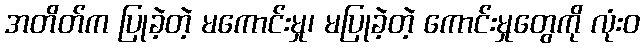
အတိတ်က ပြုခဲ့တဲ့ မကောင်းမှု၊ မပြုခဲ့တဲ့ ကောင်းမှုတွေကို လုံးဝ